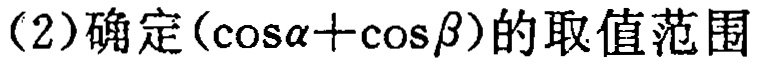
(2)确定\((\cos\alpha+\cos\beta)\)的取值范围